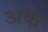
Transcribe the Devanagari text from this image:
अके